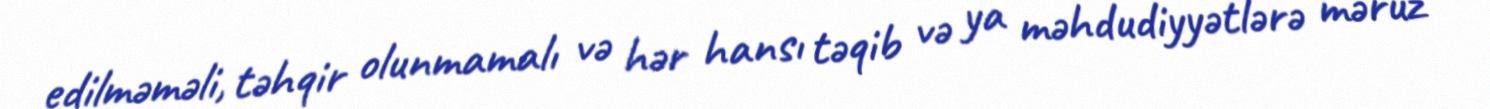
edilməməli, təhqir olunmamalı və hər hansı təqib və ya məhdudiyyətlərə məruz